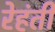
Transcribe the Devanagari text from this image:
रेहंती